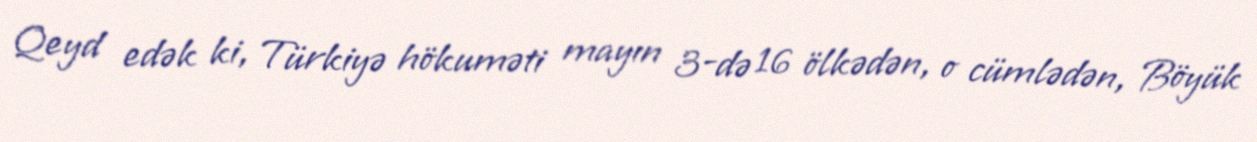
Qeyd edək ki, Türkiyə hökuməti mayın 3-də 16 ölkədən, o cümlədən, Böyük